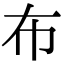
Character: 布